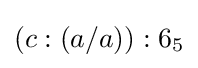
(c:(a/a)):6_{5}